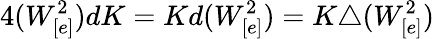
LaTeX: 4(W_{[e]}^{2})dK=Kd(W_{[e]}^{2})=K\triangle(W_{[e]}^{2})